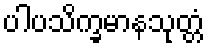
ပါပသိက္ခမာနသုတ္တံ